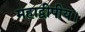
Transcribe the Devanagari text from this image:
महाद्वीपीय।